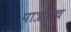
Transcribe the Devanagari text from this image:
पात्रातच